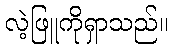
လဲ့ဖြူကိုရှာသည်။